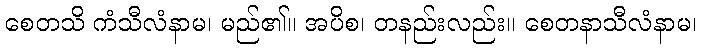
စေတသိ ကံသီလံနာမ၊ မည်၏။ အပိစ၊ တနည်းလည်း။ စေတနာသီလံနာမ၊